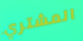
المشتري